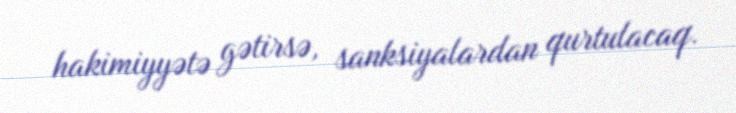
hakimiyyətə gətirsə, sanksiyalardan qurtulacaq.